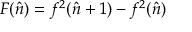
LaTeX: F ( \hat { n } ) = f ^ { 2 } ( \hat { n } + 1 ) - f ^ { 2 } ( \hat { n } )